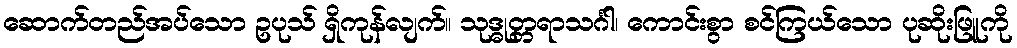
ဆောက်တည်အပ်သော ဥပုသ် ရှိကုန်လျက်။ သုဒ္ဓုတ္တရာသင်္ဂါ၊ ကောင်းစွာ စင်ကြယ်သော ပုဆိုးဖြူကို